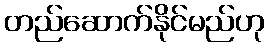
တည်ဆောက်နိုင်မည်ဟု